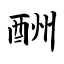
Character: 酬